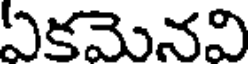
ఏకమెనవి